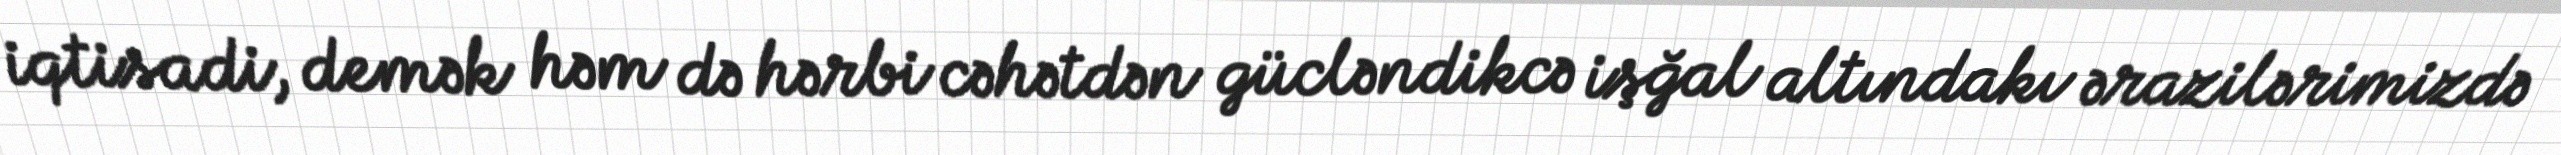
iqtisadi, demək həm də hərbi cəhətdən gücləndikcə işğal altındakı ərazilərimizdə